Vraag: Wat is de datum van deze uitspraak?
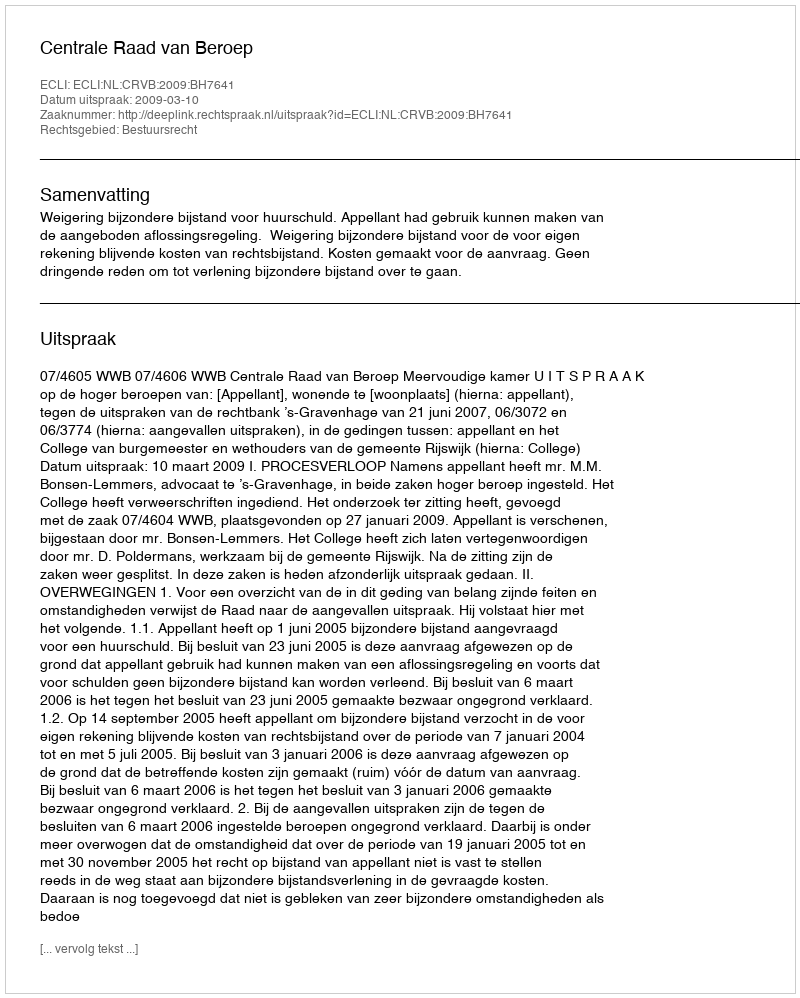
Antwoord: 2009-03-10